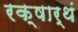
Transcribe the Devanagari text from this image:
रक्षार्थं